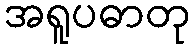
အရူပဓာတု